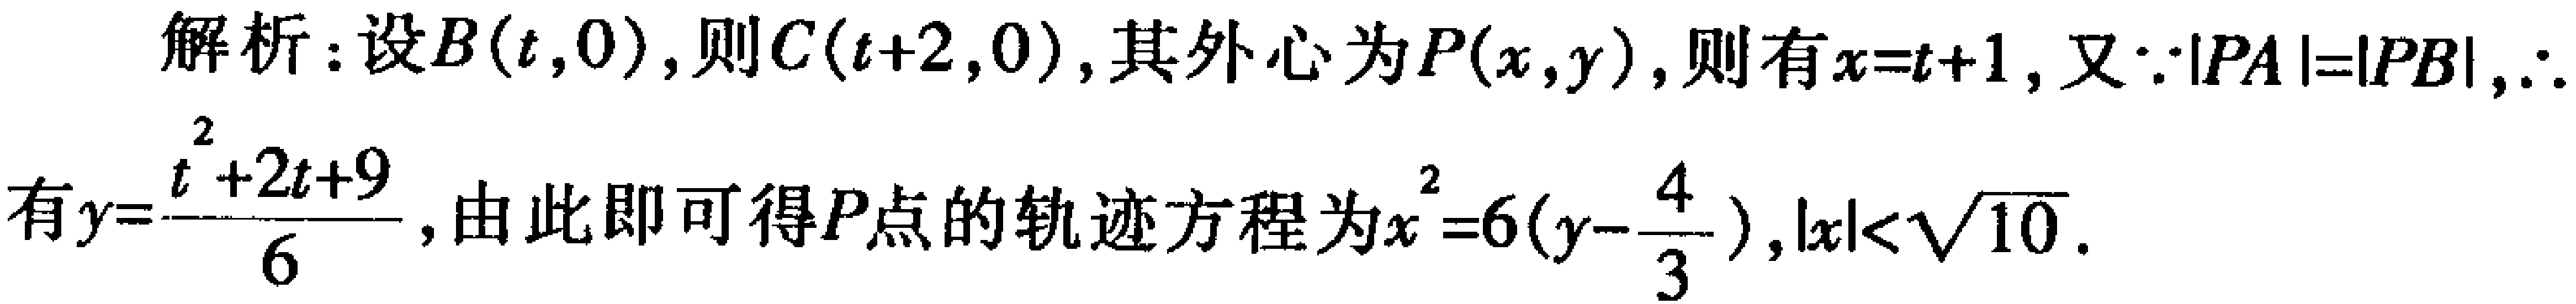
解析：设\(B(t,0)\)，则\(C(t + 2,0)\)，其外心为\(P(x,y)\)，则有\(x = t + 1\)，又\(\because|PA| = |PB|\)，\(\therefore\)
有\(y=\frac{t^{2}+2t + 9}{6}\)，由此即可得\(P\)点的轨迹方程为\(x^{2}=6(y - \frac{4}{3})\)，\(|x|<\sqrt{10}\)。